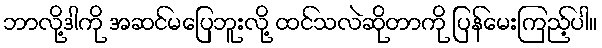
ဘာလို့ဒါကို အဆင်မပြေဘူးလို့ ထင်သလဲဆိုတာကို ပြန်မေးကြည့်ပါ။